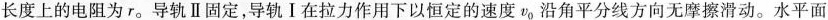
长度上的电阻为r_{0}导轨Ⅱ固定，导轨Ⅰ在拉力作用下以恒定的速度r沿角平分线方向无摩擦滑动。水平面